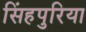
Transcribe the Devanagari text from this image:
सिंहपुरिया